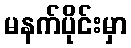
မနက်ပိုင်းမှာ